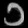
Digit: ၁